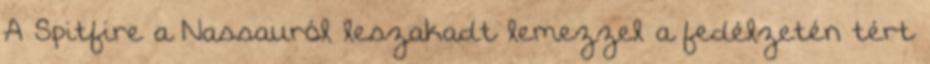
A Spitfire a Nassauról leszakadt lemezzel a fedélzetén tért